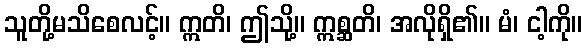
သူတို့မသိစေလင့်။ ဣတိ၊ ဤသို့။ ဣစ္ဆတိ၊ အလိုရှိ၏။ မံ၊ ငါ့ကို။